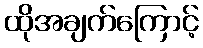
ထိုအချက်ကြောင့်